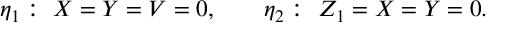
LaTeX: \eta _ { 1 } : \ X = Y = V = 0 , \qquad \eta _ { 2 } : \ Z _ { 1 } = X = Y = 0 .